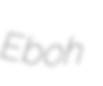
Eboh